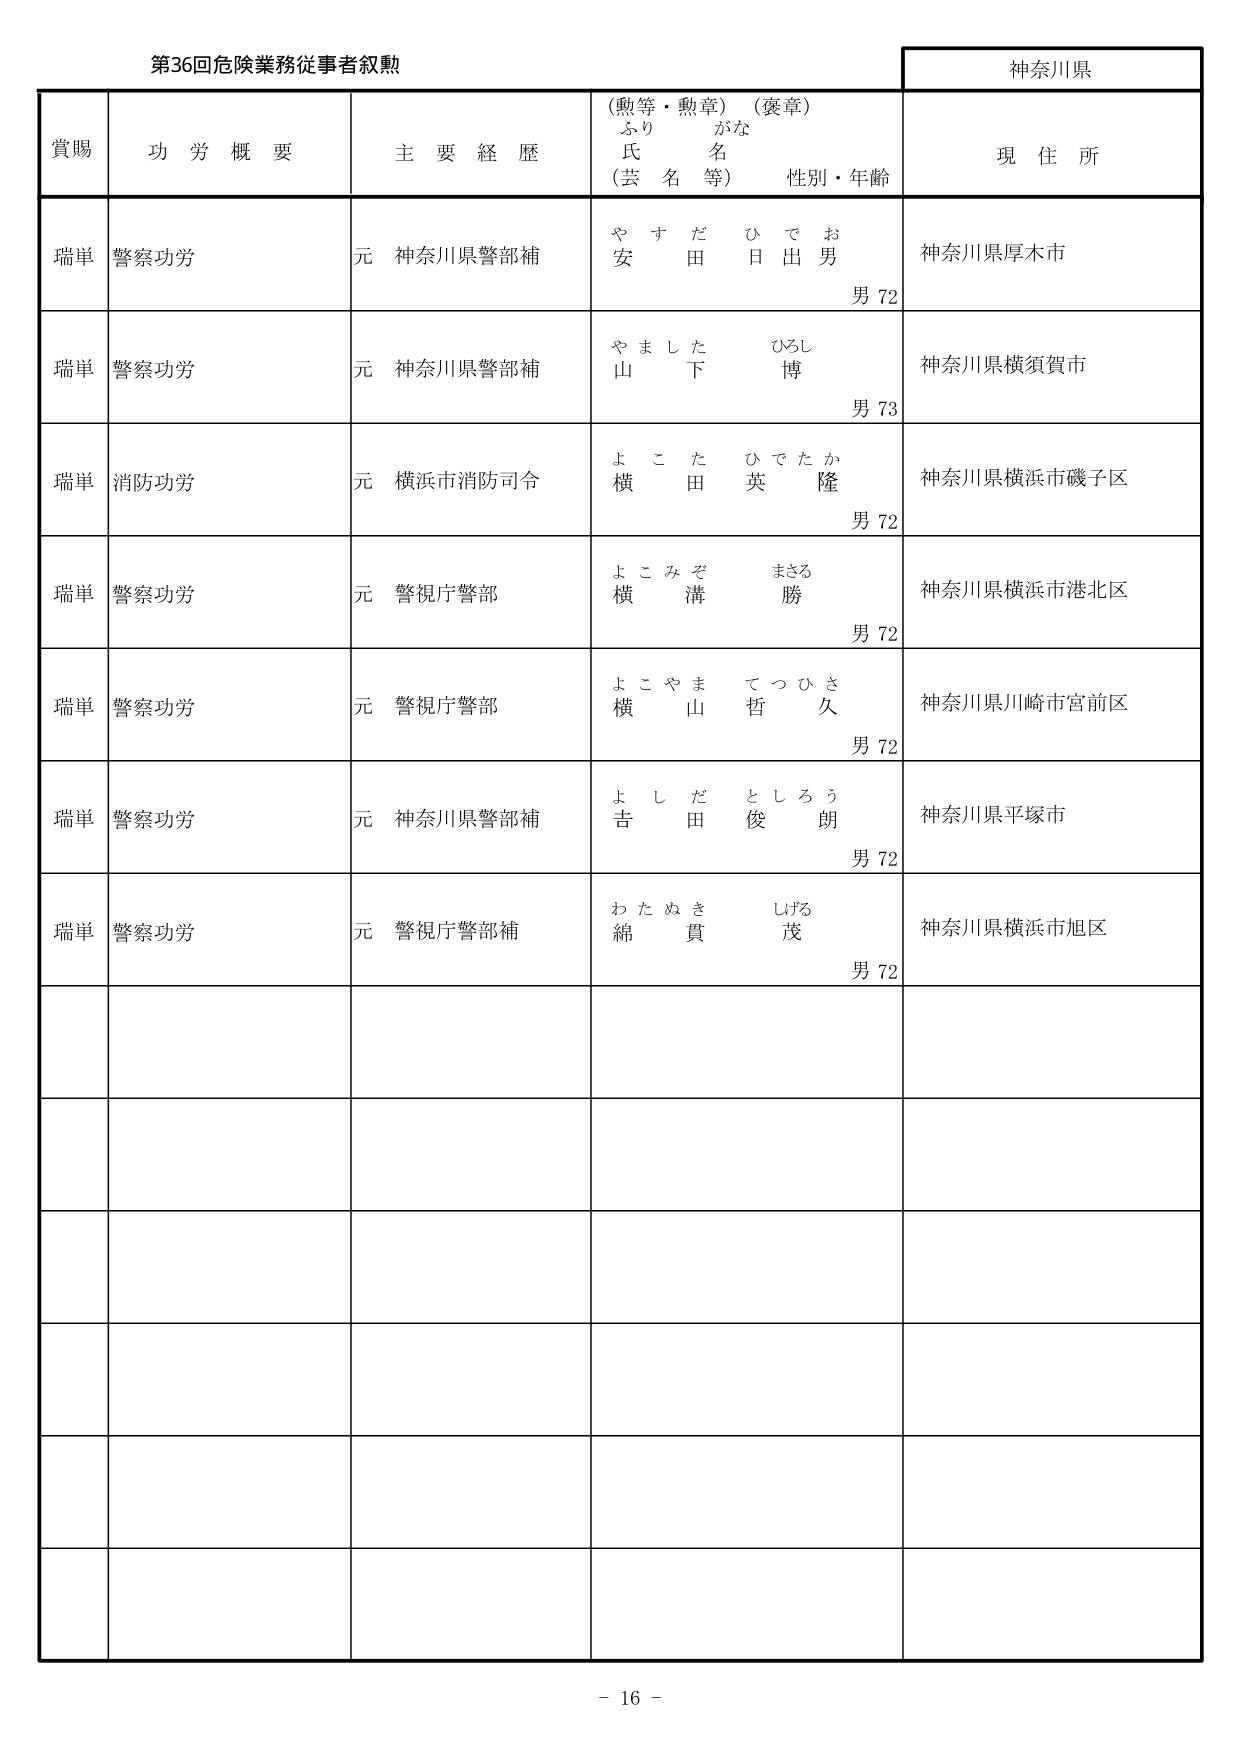
第36回危険業務従事者叙勲

神奈川県

賞賜　　功労概要　　主要経歴　　（勲等・勲章）（褒章）　　現住所
　　　　　　　　　　　ふりがな